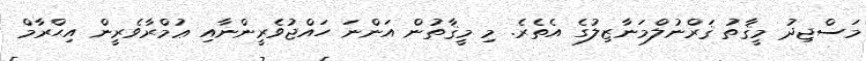
މަސްޖިދު މީޤާތު ޤަރްނުލްމަނާޒިލުގެ އެތެރެ. މި މީޤާތުން އަންނަ ހައްޖުވެރީންނާއި ޢުމްރާވެރީން އިޙްރާމް